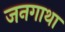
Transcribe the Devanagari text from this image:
जनगाथा